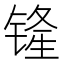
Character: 𫟾